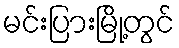
မင်းပြားမြို့တွင်